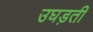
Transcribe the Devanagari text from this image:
उघड़ती